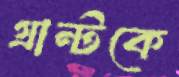
গ্রান্টকে